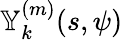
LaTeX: \mathbb{Y}_{k}^{(m)}(s,\psi)